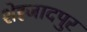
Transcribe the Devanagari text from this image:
शेह्जादपुर